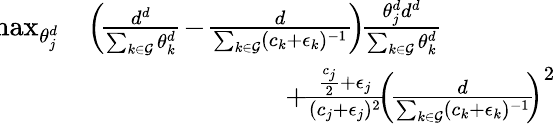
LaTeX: \begin{array}{rl}{\! \! \! \operatorname*{max}_{\theta_{j}^{d}}}&{\left(\! \frac{d^{d}}{\sum_{k\in\mathcal{G}}\theta_{k}^{d}}\! -\! \frac{d}{\sum_{k\in\mathcal{G}}(c_{k}+\epsilon_{k})^{-1}}\! \right)\! \frac{\theta_{j}^{d}d^{d}}{\sum_{k\in\mathcal{G}}\theta_{k}^{d}}\! }\\ &{\quad\quad\quad\quad\quad\quad\quad+\! \frac{\frac{c_{j}}{2}+\epsilon_{j}}{(c_{j}+\epsilon_{j})^{2}}\! \! \left(\! \frac{d}{\sum_{k\in\mathcal{G}}(c_{k}+\epsilon_{k})^{-1}}\! \! \right)^{2}}\end{array}